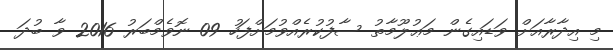
މި އިދާރާއަށް ވަޑައިގެން މަޢުލޫމާތު ސާފުކުރެއްވުމަށްފަހު 09 ނޮވެމްބަރު 2016 ވާ ބުދަ